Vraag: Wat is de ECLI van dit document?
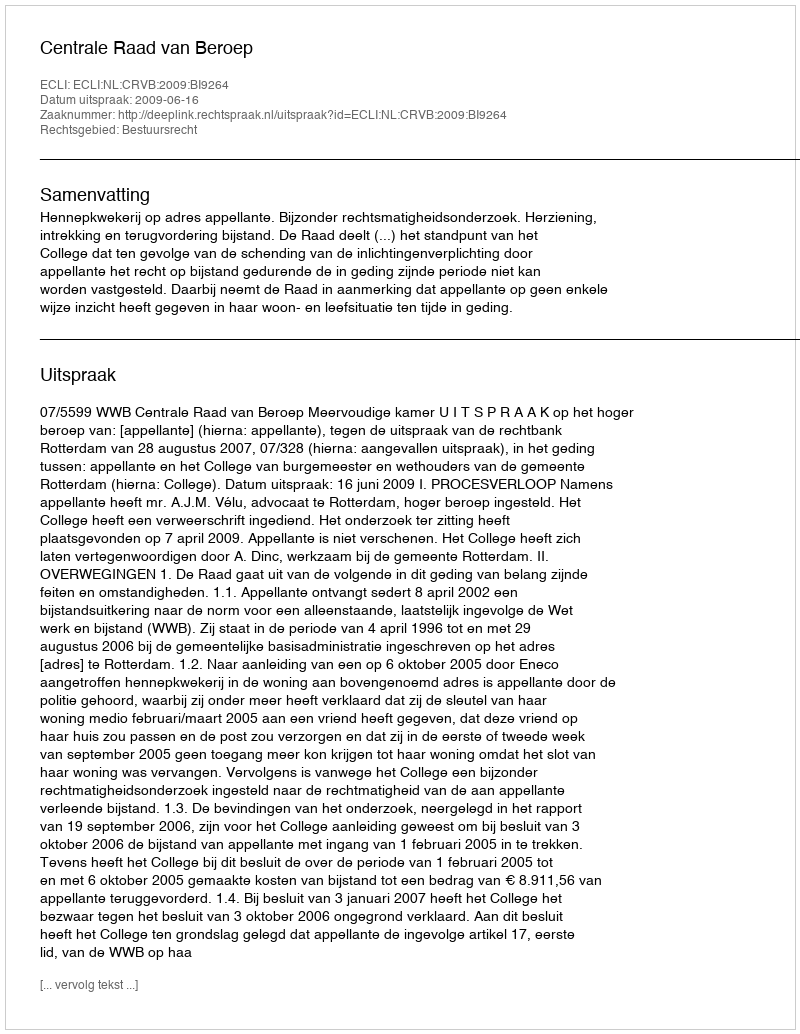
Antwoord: ECLI:NL:CRVB:2009:BI9264